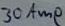
Text: 30Amp